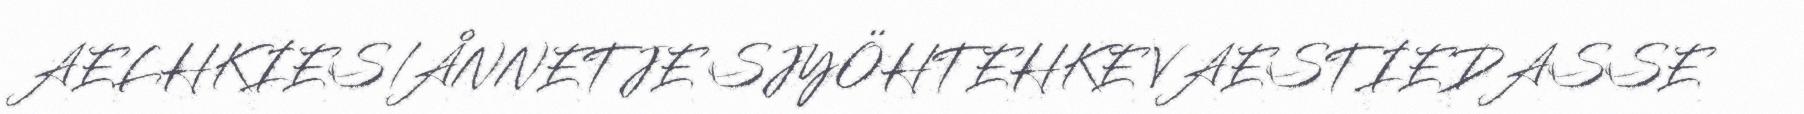
AELHKIES/ÅNNETJE SJYÖHTEHKE VAESTIEDASSE